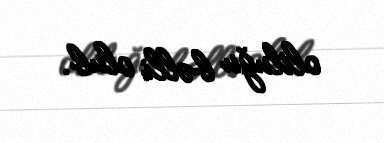
olduğu bəlli olub.